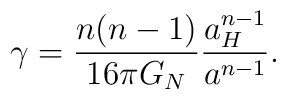
\gamma = {n(n-1)\over{16 \pi G_N}} {a_H^{n-1} \over {a^{n-1}}}.